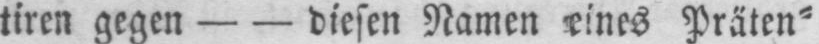
tiren gegen - - diesen Namen seines Präten⸗